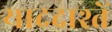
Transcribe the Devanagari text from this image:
याददाश्तें